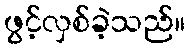
ဖွင့်လှစ်ခဲ့သည်။